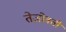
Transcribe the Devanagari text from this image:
तेजोवती